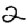
Digit: 2